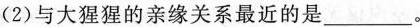
（2）与大猩猩的亲缘关系最近的是___。